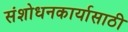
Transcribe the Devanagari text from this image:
संशोधनकार्यासाठी